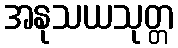
အနုသယသုတ္တ